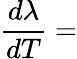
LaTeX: \frac{d\lambda}{dT}=